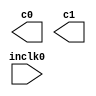
// megafunction wizard: %ALTPLL%VBB%
// GENERATION: STANDARD
// VERSION: WM1.0
// MODULE: altpll 

// ============================================================
// Megafunction Name(s):
// 			altpll
//
// Simulation Library Files(s):
// 			altera_mf
// ============================================================
// ************************************************************
// THIS IS A WIZARD-GENERATED FILE. DO NOT EDIT THIS FILE!
//
// 17.0.0 Build 595 04/25/2017 SJ Standard Edition
// ************************************************************

//Copyright (C) 2017  Intel Corporation. All rights reserved.
//Your use of Intel Corporation's design tools, logic functions 
//and other software and tools, and its AMPP partner logic 
//functions, and any output files from any of the foregoing 
//(including device programming or simulation files), and any 
//associated documentation or information are expressly subject 
//to the terms and conditions of the Intel Program License 
//Subscription Agreement, the Intel Quartus Prime License Agreement,
//the Intel MegaCore Function License Agreement, or other 
//applicable license agreement, including, without limitation, 
//that your use is for the sole purpose of programming logic 
//devices manufactured by Intel and sold by Intel or its 
//authorized distributors.  Please refer to the applicable 
//agreement for further details.

module video_pll (
	inclk0,
	c0,
	c1);

	input	  inclk0;
	output	  c0;
	output	  c1;

endmodule

// ============================================================
// CNX file retrieval info
// ============================================================
// Retrieval info: PRIVATE: ACTIVECLK_CHECK STRING "0"
// Retrieval info: PRIVATE: BANDWIDTH STRING "1.000"
// Retrieval info: PRIVATE: BANDWIDTH_FEATURE_ENABLED STRING "1"
// Retrieval info: PRIVATE: BANDWIDTH_FREQ_UNIT STRING "MHz"
// Retrieval info: PRIVATE: BANDWIDTH_PRESET STRING "Low"
// Retrieval info: PRIVATE: BANDWIDTH_USE_AUTO STRING "1"
// Retrieval info: PRIVATE: BANDWIDTH_USE_PRESET STRING "0"
// Retrieval info: PRIVATE: CLKBAD_SWITCHOVER_CHECK STRING "0"
// Retrieval info: PRIVATE: CLKLOSS_CHECK STRING "0"
// Retrieval info: PRIVATE: CLKSWITCH_CHECK STRING "0"
// Retrieval info: PRIVATE: CNX_NO_COMPENSATE_RADIO STRING "0"
// Retrieval info: PRIVATE: CREATE_CLKBAD_CHECK STRING "0"
// Retrieval info: PRIVATE: CREATE_INCLK1_CHECK STRING "0"
// Retrieval info: PRIVATE: CUR_DEDICATED_CLK STRING "c0"
// Retrieval info: PRIVATE: CUR_FBIN_CLK STRING "c0"
// Retrieval info: PRIVATE: DEVICE_SPEED_GRADE STRING "Any"
// Retrieval info: PRIVATE: DIV_FACTOR0 NUMERIC "1"
// Retrieval info: PRIVATE: DIV_FACTOR1 NUMERIC "1"
// Retrieval info: PRIVATE: DUTY_CYCLE0 STRING "50.00000000"
// Retrieval info: PRIVATE: DUTY_CYCLE1 STRING "50.00000000"
// Retrieval info: PRIVATE: EFF_OUTPUT_FREQ_VALUE0 STRING "74.250000"
// Retrieval info: PRIVATE: EFF_OUTPUT_FREQ_VALUE1 STRING "371.250000"
// Retrieval info: PRIVATE: EXPLICIT_SWITCHOVER_COUNTER STRING "0"
// Retrieval info: PRIVATE: EXT_FEEDBACK_RADIO STRING "0"
// Retrieval info: PRIVATE: GLOCKED_COUNTER_EDIT_CHANGED STRING "1"
// Retrieval info: PRIVATE: GLOCKED_FEATURE_ENABLED STRING "0"
// Retrieval info: PRIVATE: GLOCKED_MODE_CHECK STRING "0"
// Retrieval info: PRIVATE: GLOCK_COUNTER_EDIT NUMERIC "1048575"
// Retrieval info: PRIVATE: HAS_MANUAL_SWITCHOVER STRING "1"
// Retrieval info: PRIVATE: INCLK0_FREQ_EDIT STRING "50.000"
// Retrieval info: PRIVATE: INCLK0_FREQ_UNIT_COMBO STRING "MHz"
// Retrieval info: PRIVATE: INCLK1_FREQ_EDIT STRING "100.000"
// Retrieval info: PRIVATE: INCLK1_FREQ_EDIT_CHANGED STRING "1"
// Retrieval info: PRIVATE: INCLK1_FREQ_UNIT_CHANGED STRING "1"
// Retrieval info: PRIVATE: INCLK1_FREQ_UNIT_COMBO STRING "MHz"
// Retrieval info: PRIVATE: INTENDED_DEVICE_FAMILY STRING "Cyclone IV E"
// Retrieval info: PRIVATE: INT_FEEDBACK__MODE_RADIO STRING "1"
// Retrieval info: PRIVATE: LOCKED_OUTPUT_CHECK STRING "0"
// Retrieval info: PRIVATE: LONG_SCAN_RADIO STRING "1"
// Retrieval info: PRIVATE: LVDS_MODE_DATA_RATE STRING "Not Available"
// Retrieval info: PRIVATE: LVDS_MODE_DATA_RATE_DIRTY NUMERIC "0"
// Retrieval info: PRIVATE: LVDS_PHASE_SHIFT_UNIT0 STRING "deg"
// Retrieval info: PRIVATE: LVDS_PHASE_SHIFT_UNIT1 STRING "ps"
// Retrieval info: PRIVATE: MIG_DEVICE_SPEED_GRADE STRING "Any"
// Retrieval info: PRIVATE: MIRROR_CLK0 STRING "0"
// Retrieval info: PRIVATE: MIRROR_CLK1 STRING "0"
// Retrieval info: PRIVATE: MULT_FACTOR0 NUMERIC "1"
// Retrieval info: PRIVATE: MULT_FACTOR1 NUMERIC "1"
// Retrieval info: PRIVATE: NORMAL_MODE_RADIO STRING "1"
// Retrieval info: PRIVATE: OUTPUT_FREQ0 STRING "74.25000000"
// Retrieval info: PRIVATE: OUTPUT_FREQ1 STRING "371.25000000"
// Retrieval info: PRIVATE: OUTPUT_FREQ_MODE0 STRING "1"
// Retrieval info: PRIVATE: OUTPUT_FREQ_MODE1 STRING "1"
// Retrieval info: PRIVATE: OUTPUT_FREQ_UNIT0 STRING "MHz"
// Retrieval info: PRIVATE: OUTPUT_FREQ_UNIT1 STRING "MHz"
// Retrieval info: PRIVATE: PHASE_RECONFIG_FEATURE_ENABLED STRING "1"
// Retrieval info: PRIVATE: PHASE_RECONFIG_INPUTS_CHECK STRING "0"
// Retrieval info: PRIVATE: PHASE_SHIFT0 STRING "0.00000000"
// Retrieval info: PRIVATE: PHASE_SHIFT1 STRING "0.00000000"
// Retrieval info: PRIVATE: PHASE_SHIFT_STEP_ENABLED_CHECK STRING "0"
// Retrieval info: PRIVATE: PHASE_SHIFT_UNIT0 STRING "deg"
// Retrieval info: PRIVATE: PHASE_SHIFT_UNIT1 STRING "ps"
// Retrieval info: PRIVATE: PLL_ADVANCED_PARAM_CHECK STRING "0"
// Retrieval info: PRIVATE: PLL_ARESET_CHECK STRING "0"
// Retrieval info: PRIVATE: PLL_AUTOPLL_CHECK NUMERIC "1"
// Retrieval info: PRIVATE: PLL_ENHPLL_CHECK NUMERIC "0"
// Retrieval info: PRIVATE: PLL_FASTPLL_CHECK NUMERIC "0"
// Retrieval info: PRIVATE: PLL_FBMIMIC_CHECK STRING "0"
// Retrieval info: PRIVATE: PLL_LVDS_PLL_CHECK NUMERIC "0"
// Retrieval info: PRIVATE: PLL_PFDENA_CHECK STRING "0"
// Retrieval info: PRIVATE: PLL_TARGET_HARCOPY_CHECK NUMERIC "0"
// Retrieval info: PRIVATE: PRIMARY_CLK_COMBO STRING "inclk0"
// Retrieval info: PRIVATE: RECONFIG_FILE STRING "video_pll.mif"
// Retrieval info: PRIVATE: SACN_INPUTS_CHECK STRING "0"
// Retrieval info: PRIVATE: SCAN_FEATURE_ENABLED STRING "1"
// Retrieval info: PRIVATE: SELF_RESET_LOCK_LOSS STRING "0"
// Retrieval info: PRIVATE: SHORT_SCAN_RADIO STRING "0"
// Retrieval info: PRIVATE: SPREAD_FEATURE_ENABLED STRING "0"
// Retrieval info: PRIVATE: SPREAD_FREQ STRING "50.000"
// Retrieval info: PRIVATE: SPREAD_FREQ_UNIT STRING "KHz"
// Retrieval info: PRIVATE: SPREAD_PERCENT STRING "0.500"
// Retrieval info: PRIVATE: SPREAD_USE STRING "0"
// Retrieval info: PRIVATE: SRC_SYNCH_COMP_RADIO STRING "0"
// Retrieval info: PRIVATE: STICKY_CLK0 STRING "1"
// Retrieval info: PRIVATE: STICKY_CLK1 STRING "1"
// Retrieval info: PRIVATE: SWITCHOVER_COUNT_EDIT NUMERIC "1"
// Retrieval info: PRIVATE: SWITCHOVER_FEATURE_ENABLED STRING "1"
// Retrieval info: PRIVATE: SYNTH_WRAPPER_GEN_POSTFIX STRING "0"
// Retrieval info: PRIVATE: USE_CLK0 STRING "1"
// Retrieval info: PRIVATE: USE_CLK1 STRING "1"
// Retrieval info: PRIVATE: USE_CLKENA0 STRING "0"
// Retrieval info: PRIVATE: USE_CLKENA1 STRING "0"
// Retrieval info: PRIVATE: USE_MIL_SPEED_GRADE NUMERIC "0"
// Retrieval info: PRIVATE: ZERO_DELAY_RADIO STRING "0"
// Retrieval info: LIBRARY: altera_mf altera_mf.altera_mf_components.all
// Retrieval info: CONSTANT: BANDWIDTH_TYPE STRING "AUTO"
// Retrieval info: CONSTANT: CLK0_DIVIDE_BY NUMERIC "200"
// Retrieval info: CONSTANT: CLK0_DUTY_CYCLE NUMERIC "50"
// Retrieval info: CONSTANT: CLK0_MULTIPLY_BY NUMERIC "297"
// Retrieval info: CONSTANT: CLK0_PHASE_SHIFT STRING "0"
// Retrieval info: CONSTANT: CLK1_DIVIDE_BY NUMERIC "40"
// Retrieval info: CONSTANT: CLK1_DUTY_CYCLE NUMERIC "50"
// Retrieval info: CONSTANT: CLK1_MULTIPLY_BY NUMERIC "297"
// Retrieval info: CONSTANT: CLK1_PHASE_SHIFT STRING "0"
// Retrieval info: CONSTANT: COMPENSATE_CLOCK STRING "CLK0"
// Retrieval info: CONSTANT: INCLK0_INPUT_FREQUENCY NUMERIC "20000"
// Retrieval info: CONSTANT: INTENDED_DEVICE_FAMILY STRING "Cyclone IV E"
// Retrieval info: CONSTANT: LPM_TYPE STRING "altpll"
// Retrieval info: CONSTANT: OPERATION_MODE STRING "NORMAL"
// Retrieval info: CONSTANT: PLL_TYPE STRING "AUTO"
// Retrieval info: CONSTANT: PORT_ACTIVECLOCK STRING "PORT_UNUSED"
// Retrieval info: CONSTANT: PORT_ARESET STRING "PORT_UNUSED"
// Retrieval info: CONSTANT: PORT_CLKBAD0 STRING "PORT_UNUSED"
// Retrieval info: CONSTANT: PORT_CLKBAD1 STRING "PORT_UNUSED"
// Retrieval info: CONSTANT: PORT_CLKLOSS STRING "PORT_UNUSED"
// Retrieval info: CONSTANT: PORT_CLKSWITCH STRING "PORT_UNUSED"
// Retrieval info: CONSTANT: PORT_CONFIGUPDATE STRING "PORT_UNUSED"
// Retrieval info: CONSTANT: PORT_FBIN STRING "PORT_UNUSED"
// Retrieval info: CONSTANT: PORT_INCLK0 STRING "PORT_USED"
// Retrieval info: CONSTANT: PORT_INCLK1 STRING "PORT_UNUSED"
// Retrieval info: CONSTANT: PORT_LOCKED STRING "PORT_UNUSED"
// Retrieval info: CONSTANT: PORT_PFDENA STRING "PORT_UNUSED"
// Retrieval info: CONSTANT: PORT_PHASECOUNTERSELECT STRING "PORT_UNUSED"
// Retrieval info: CONSTANT: PORT_PHASEDONE STRING "PORT_UNUSED"
// Retrieval info: CONSTANT: PORT_PHASESTEP STRING "PORT_UNUSED"
// Retrieval info: CONSTANT: PORT_PHASEUPDOWN STRING "PORT_UNUSED"
// Retrieval info: CONSTANT: PORT_PLLENA STRING "PORT_UNUSED"
// Retrieval info: CONSTANT: PORT_SCANACLR STRING "PORT_UNUSED"
// Retrieval info: CONSTANT: PORT_SCANCLK STRING "PORT_UNUSED"
// Retrieval info: CONSTANT: PORT_SCANCLKENA STRING "PORT_UNUSED"
// Retrieval info: CONSTANT: PORT_SCANDATA STRING "PORT_UNUSED"
// Retrieval info: CONSTANT: PORT_SCANDATAOUT STRING "PORT_UNUSED"
// Retrieval info: CONSTANT: PORT_SCANDONE STRING "PORT_UNUSED"
// Retrieval info: CONSTANT: PORT_SCANREAD STRING "PORT_UNUSED"
// Retrieval info: CONSTANT: PORT_SCANWRITE STRING "PORT_UNUSED"
// Retrieval info: CONSTANT: PORT_clk0 STRING "PORT_USED"
// Retrieval info: CONSTANT: PORT_clk1 STRING "PORT_USED"
// Retrieval info: CONSTANT: PORT_clk2 STRING "PORT_UNUSED"
// Retrieval info: CONSTANT: PORT_clk3 STRING "PORT_UNUSED"
// Retrieval info: CONSTANT: PORT_clk4 STRING "PORT_UNUSED"
// Retrieval info: CONSTANT: PORT_clk5 STRING "PORT_UNUSED"
// Retrieval info: CONSTANT: PORT_clkena0 STRING "PORT_UNUSED"
// Retrieval info: CONSTANT: PORT_clkena1 STRING "PORT_UNUSED"
// Retrieval info: CONSTANT: PORT_clkena2 STRING "PORT_UNUSED"
// Retrieval info: CONSTANT: PORT_clkena3 STRING "PORT_UNUSED"
// Retrieval info: CONSTANT: PORT_clkena4 STRING "PORT_UNUSED"
// Retrieval info: CONSTANT: PORT_clkena5 STRING "PORT_UNUSED"
// Retrieval info: CONSTANT: PORT_extclk0 STRING "PORT_UNUSED"
// Retrieval info: CONSTANT: PORT_extclk1 STRING "PORT_UNUSED"
// Retrieval info: CONSTANT: PORT_extclk2 STRING "PORT_UNUSED"
// Retrieval info: CONSTANT: PORT_extclk3 STRING "PORT_UNUSED"
// Retrieval info: CONSTANT: WIDTH_CLOCK NUMERIC "5"
// Retrieval info: USED_PORT: @clk 0 0 5 0 OUTPUT_CLK_EXT VCC "@clk[4..0]"
// Retrieval info: USED_PORT: c0 0 0 0 0 OUTPUT_CLK_EXT VCC "c0"
// Retrieval info: USED_PORT: c1 0 0 0 0 OUTPUT_CLK_EXT VCC "c1"
// Retrieval info: USED_PORT: inclk0 0 0 0 0 INPUT_CLK_EXT GND "inclk0"
// Retrieval info: CONNECT: @inclk 0 0 1 1 GND 0 0 0 0
// Retrieval info: CONNECT: @inclk 0 0 1 0 inclk0 0 0 0 0
// Retrieval info: CONNECT: c0 0 0 0 0 @clk 0 0 1 0
// Retrieval info: CONNECT: c1 0 0 0 0 @clk 0 0 1 1
// Retrieval info: GEN_FILE: TYPE_NORMAL video_pll.v TRUE
// Retrieval info: GEN_FILE: TYPE_NORMAL video_pll.ppf TRUE
// Retrieval info: GEN_FILE: TYPE_NORMAL video_pll.inc FALSE
// Retrieval info: GEN_FILE: TYPE_NORMAL video_pll.cmp FALSE
// Retrieval info: GEN_FILE: TYPE_NORMAL video_pll.bsf FALSE
// Retrieval info: GEN_FILE: TYPE_NORMAL video_pll_inst.v FALSE
// Retrieval info: GEN_FILE: TYPE_NORMAL video_pll_bb.v TRUE
// Retrieval info: LIB_FILE: altera_mf
// Retrieval info: CBX_MODULE_PREFIX: ON